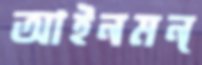
আইনমন্